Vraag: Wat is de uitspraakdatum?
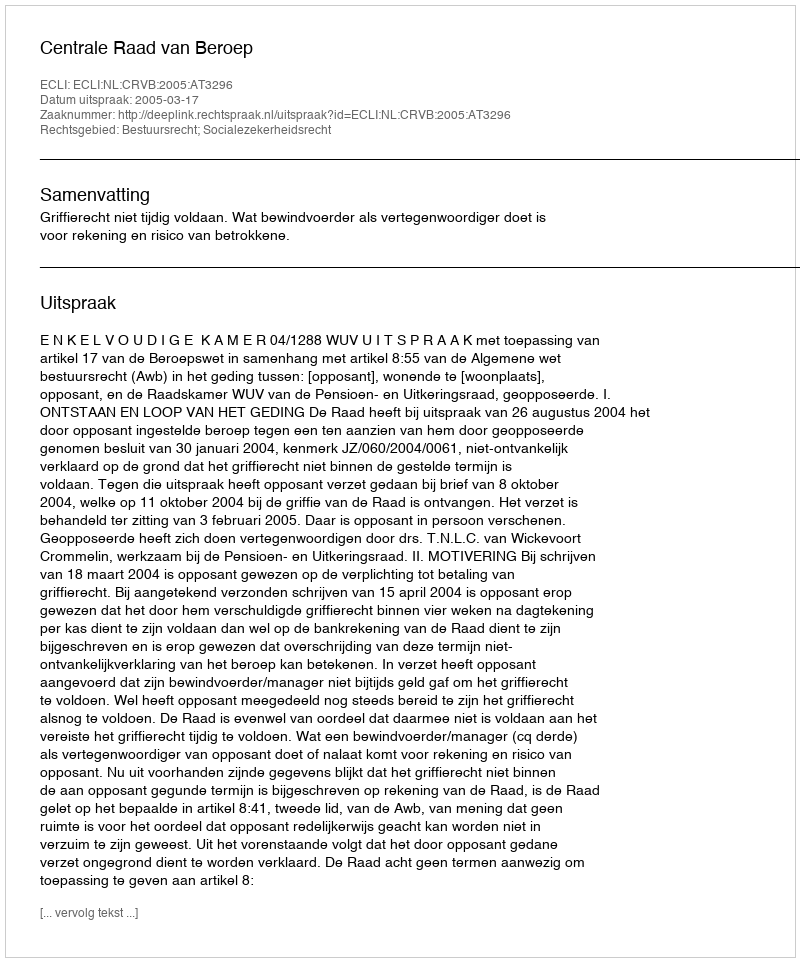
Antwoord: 2005-03-17